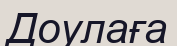
Доулаға